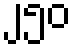
၂၅၀